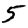
Digit: 5